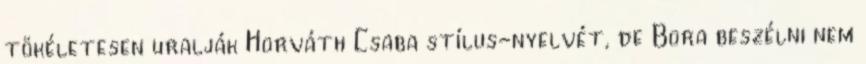
tökéletesen uralják Horváth Csaba stílus-nyelvét, de Bora beszélni nem